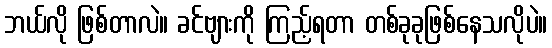
ဘယ်လို ဖြစ်တာလဲ။ ခင်ဗျားကို ကြည့်ရတာ တစ်ခုခုဖြစ်နေသလိုပဲ။